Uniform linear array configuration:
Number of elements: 48
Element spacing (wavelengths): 1
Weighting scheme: hamming
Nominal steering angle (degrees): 60
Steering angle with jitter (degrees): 61.401
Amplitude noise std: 0.05
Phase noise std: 0.05

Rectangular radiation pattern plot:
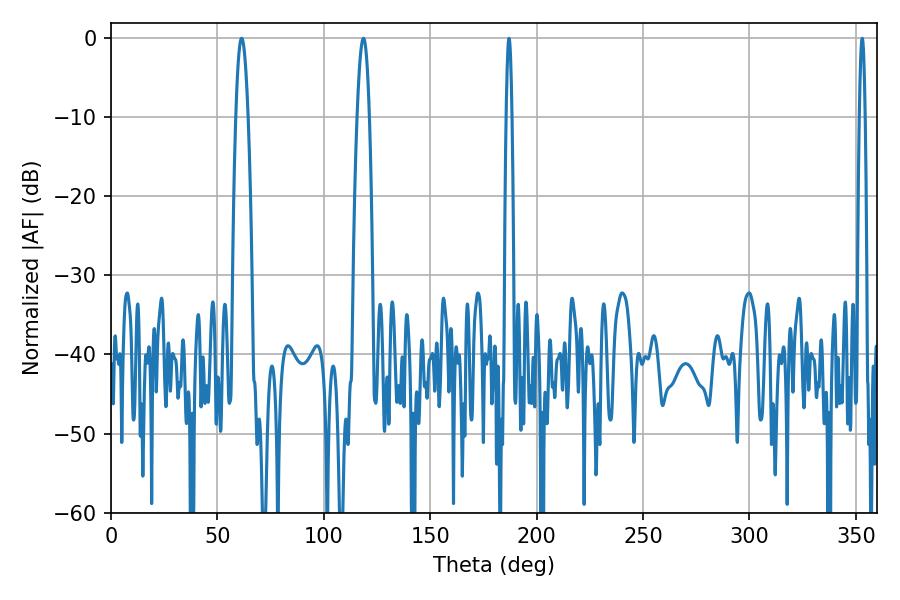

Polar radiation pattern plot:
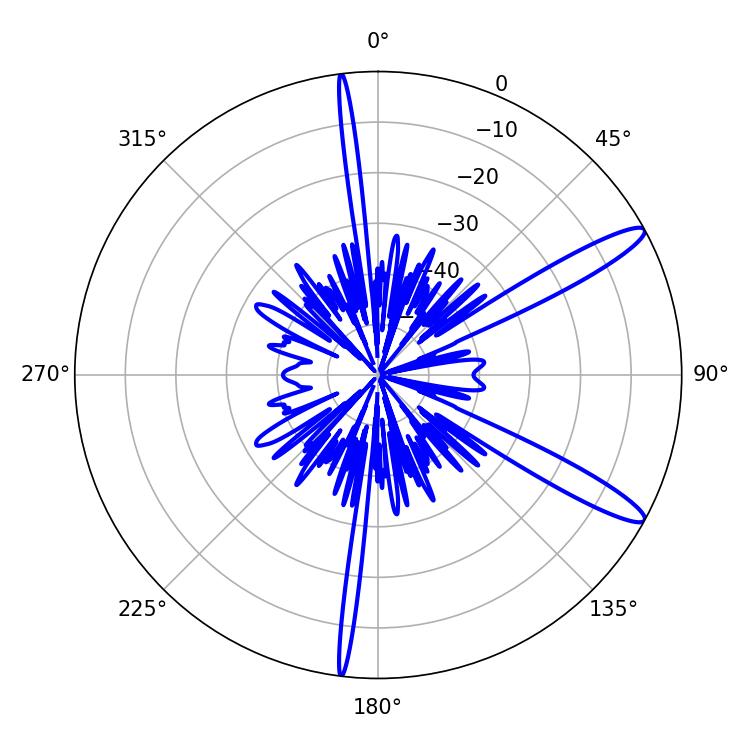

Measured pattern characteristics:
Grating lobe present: TRUE
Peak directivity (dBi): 13.064
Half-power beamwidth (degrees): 3.06
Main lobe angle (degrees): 61.38